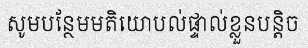
សូមបន្ថែមមតិយោបល់ផ្ទាល់ខ្លួនបន្តិច